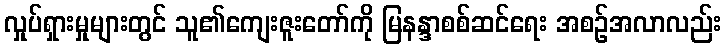
လှုပ်ရှားမှုများတွင် သူ၏ကျေးဇူးတော်ကို မြနန္ဒာစစ်ဆင်ရေး အစဉ်အလာလည်း